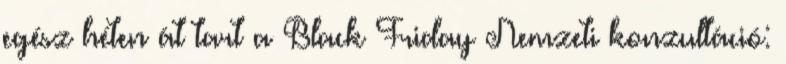
egész héten át tart a Black Friday Nemzeti konzultáció: